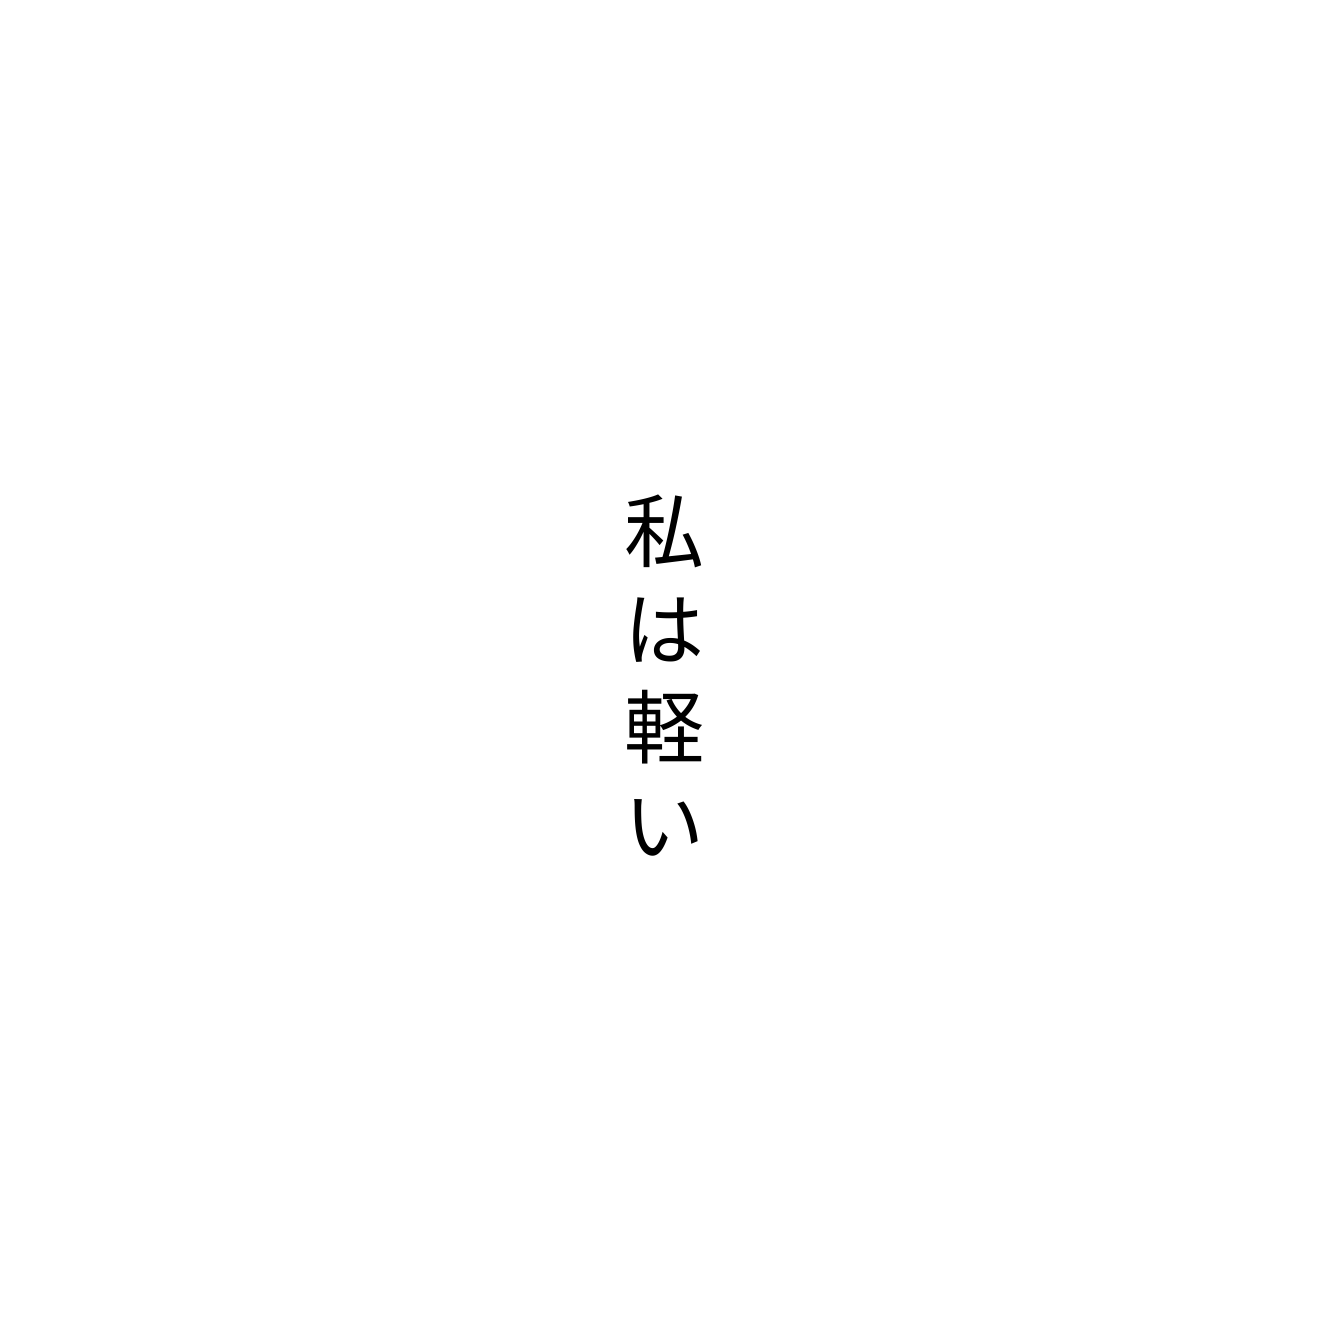
私は軽い